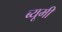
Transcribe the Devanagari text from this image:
ब्यूमी